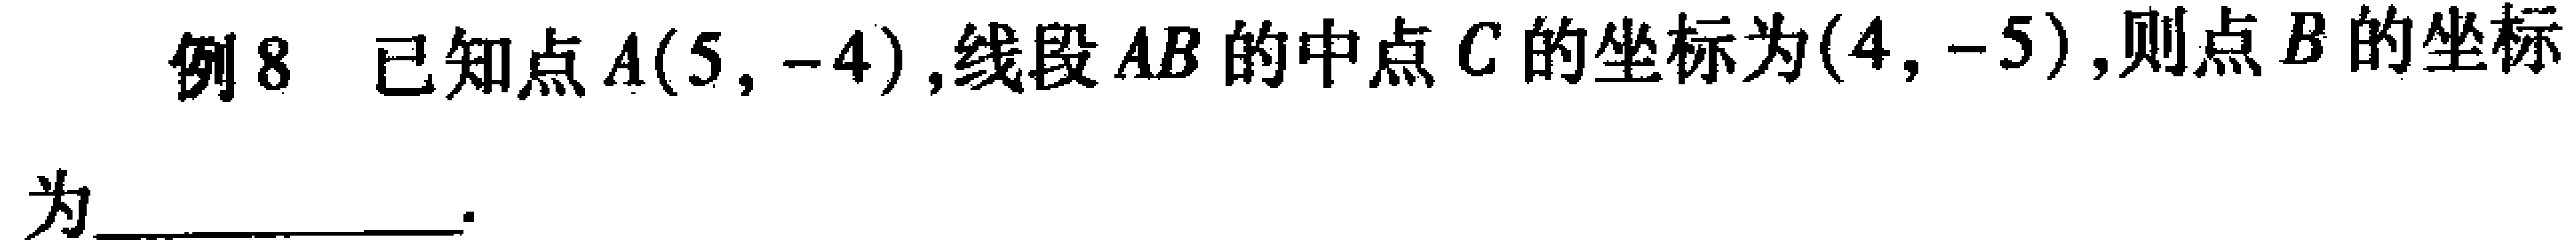
例8 已知点\(A(5, -4)\)，线段\(AB\)的中点\(C\)的坐标为\((4, -5)\)，则点\(B\)的坐标为__________.